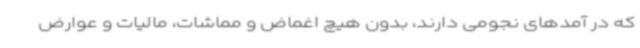
که در آمدهای نجومی دارند، بدون هیچ اغماض و مماشات، مالیات و عوارض